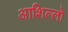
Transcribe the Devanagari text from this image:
आशिल्लो